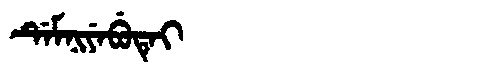
Manchu: ᡩᡝᠮᠨᡳᠶᡝᠪᡠᡨᡝᡳ
Romanization: DEMNIYEBUTEI